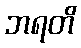
ဘရတိ